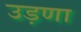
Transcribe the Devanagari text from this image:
उड़णा